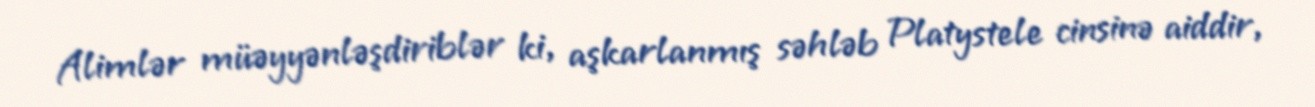
Alimlər müəyyənləşdiriblər ki, aşkarlanmış səhləb Platystele cinsinə aiddir,